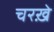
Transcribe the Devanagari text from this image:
चरख़े